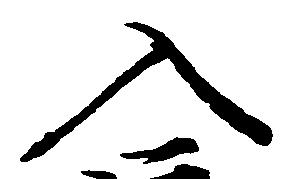
入